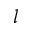
l